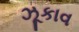
ઝૂકાવ